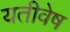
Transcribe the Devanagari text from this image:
यतीवेष